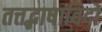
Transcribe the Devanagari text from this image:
तत्तद्भाषाविदों